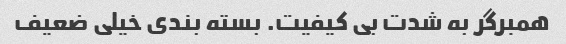
همبرگر به شدت بی کیفیت. بسته بندی خیلی ضعیف